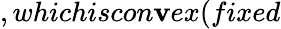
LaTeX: ,whichiscon\mathbf{v}ex(fixed